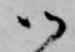
御